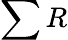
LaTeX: \sum R